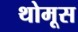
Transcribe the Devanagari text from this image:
थोमूस